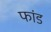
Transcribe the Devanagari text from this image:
फांड